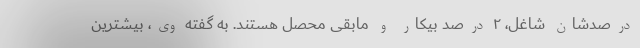
درصدشان شاغل، ۲ درصد بیکار و مابقی محصل هستند. به گفته وی، بیشترین